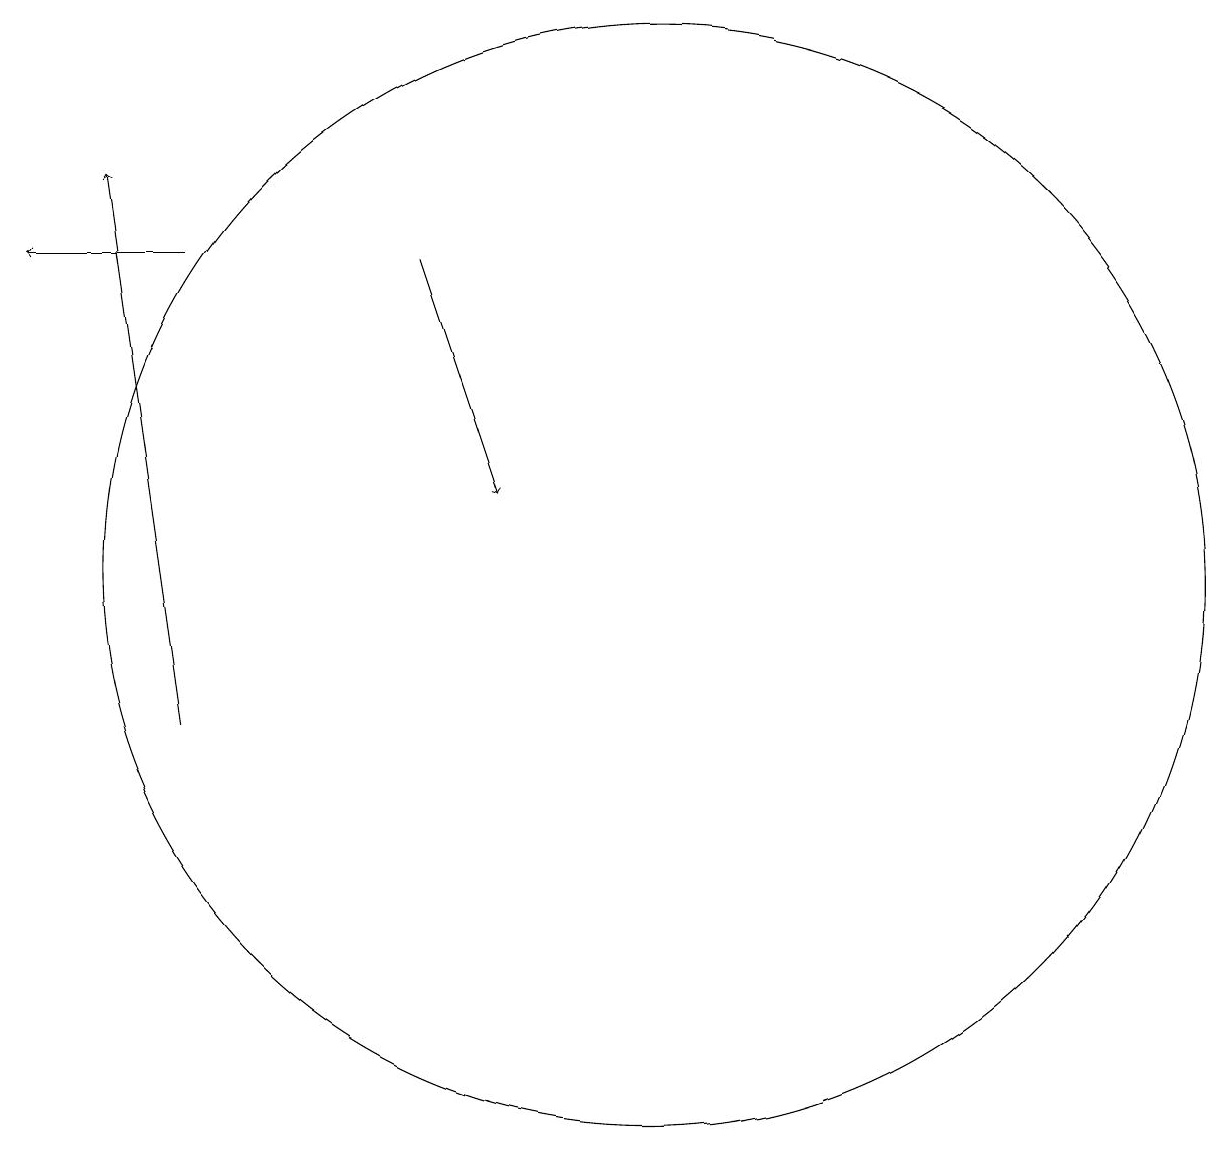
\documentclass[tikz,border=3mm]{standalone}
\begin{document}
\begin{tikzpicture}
\draw[->] (4,16) -- (2,16);
\draw[->] (7,16) -- (8,13);
\draw[->] (4,10) -- (3,17);
\draw (10,12) circle (7);
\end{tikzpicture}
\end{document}